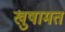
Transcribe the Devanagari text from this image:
खुषामत